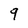
Character: 9